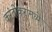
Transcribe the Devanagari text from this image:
करंदीकरांमध्ये